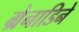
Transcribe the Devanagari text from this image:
ग्रेनाडिने